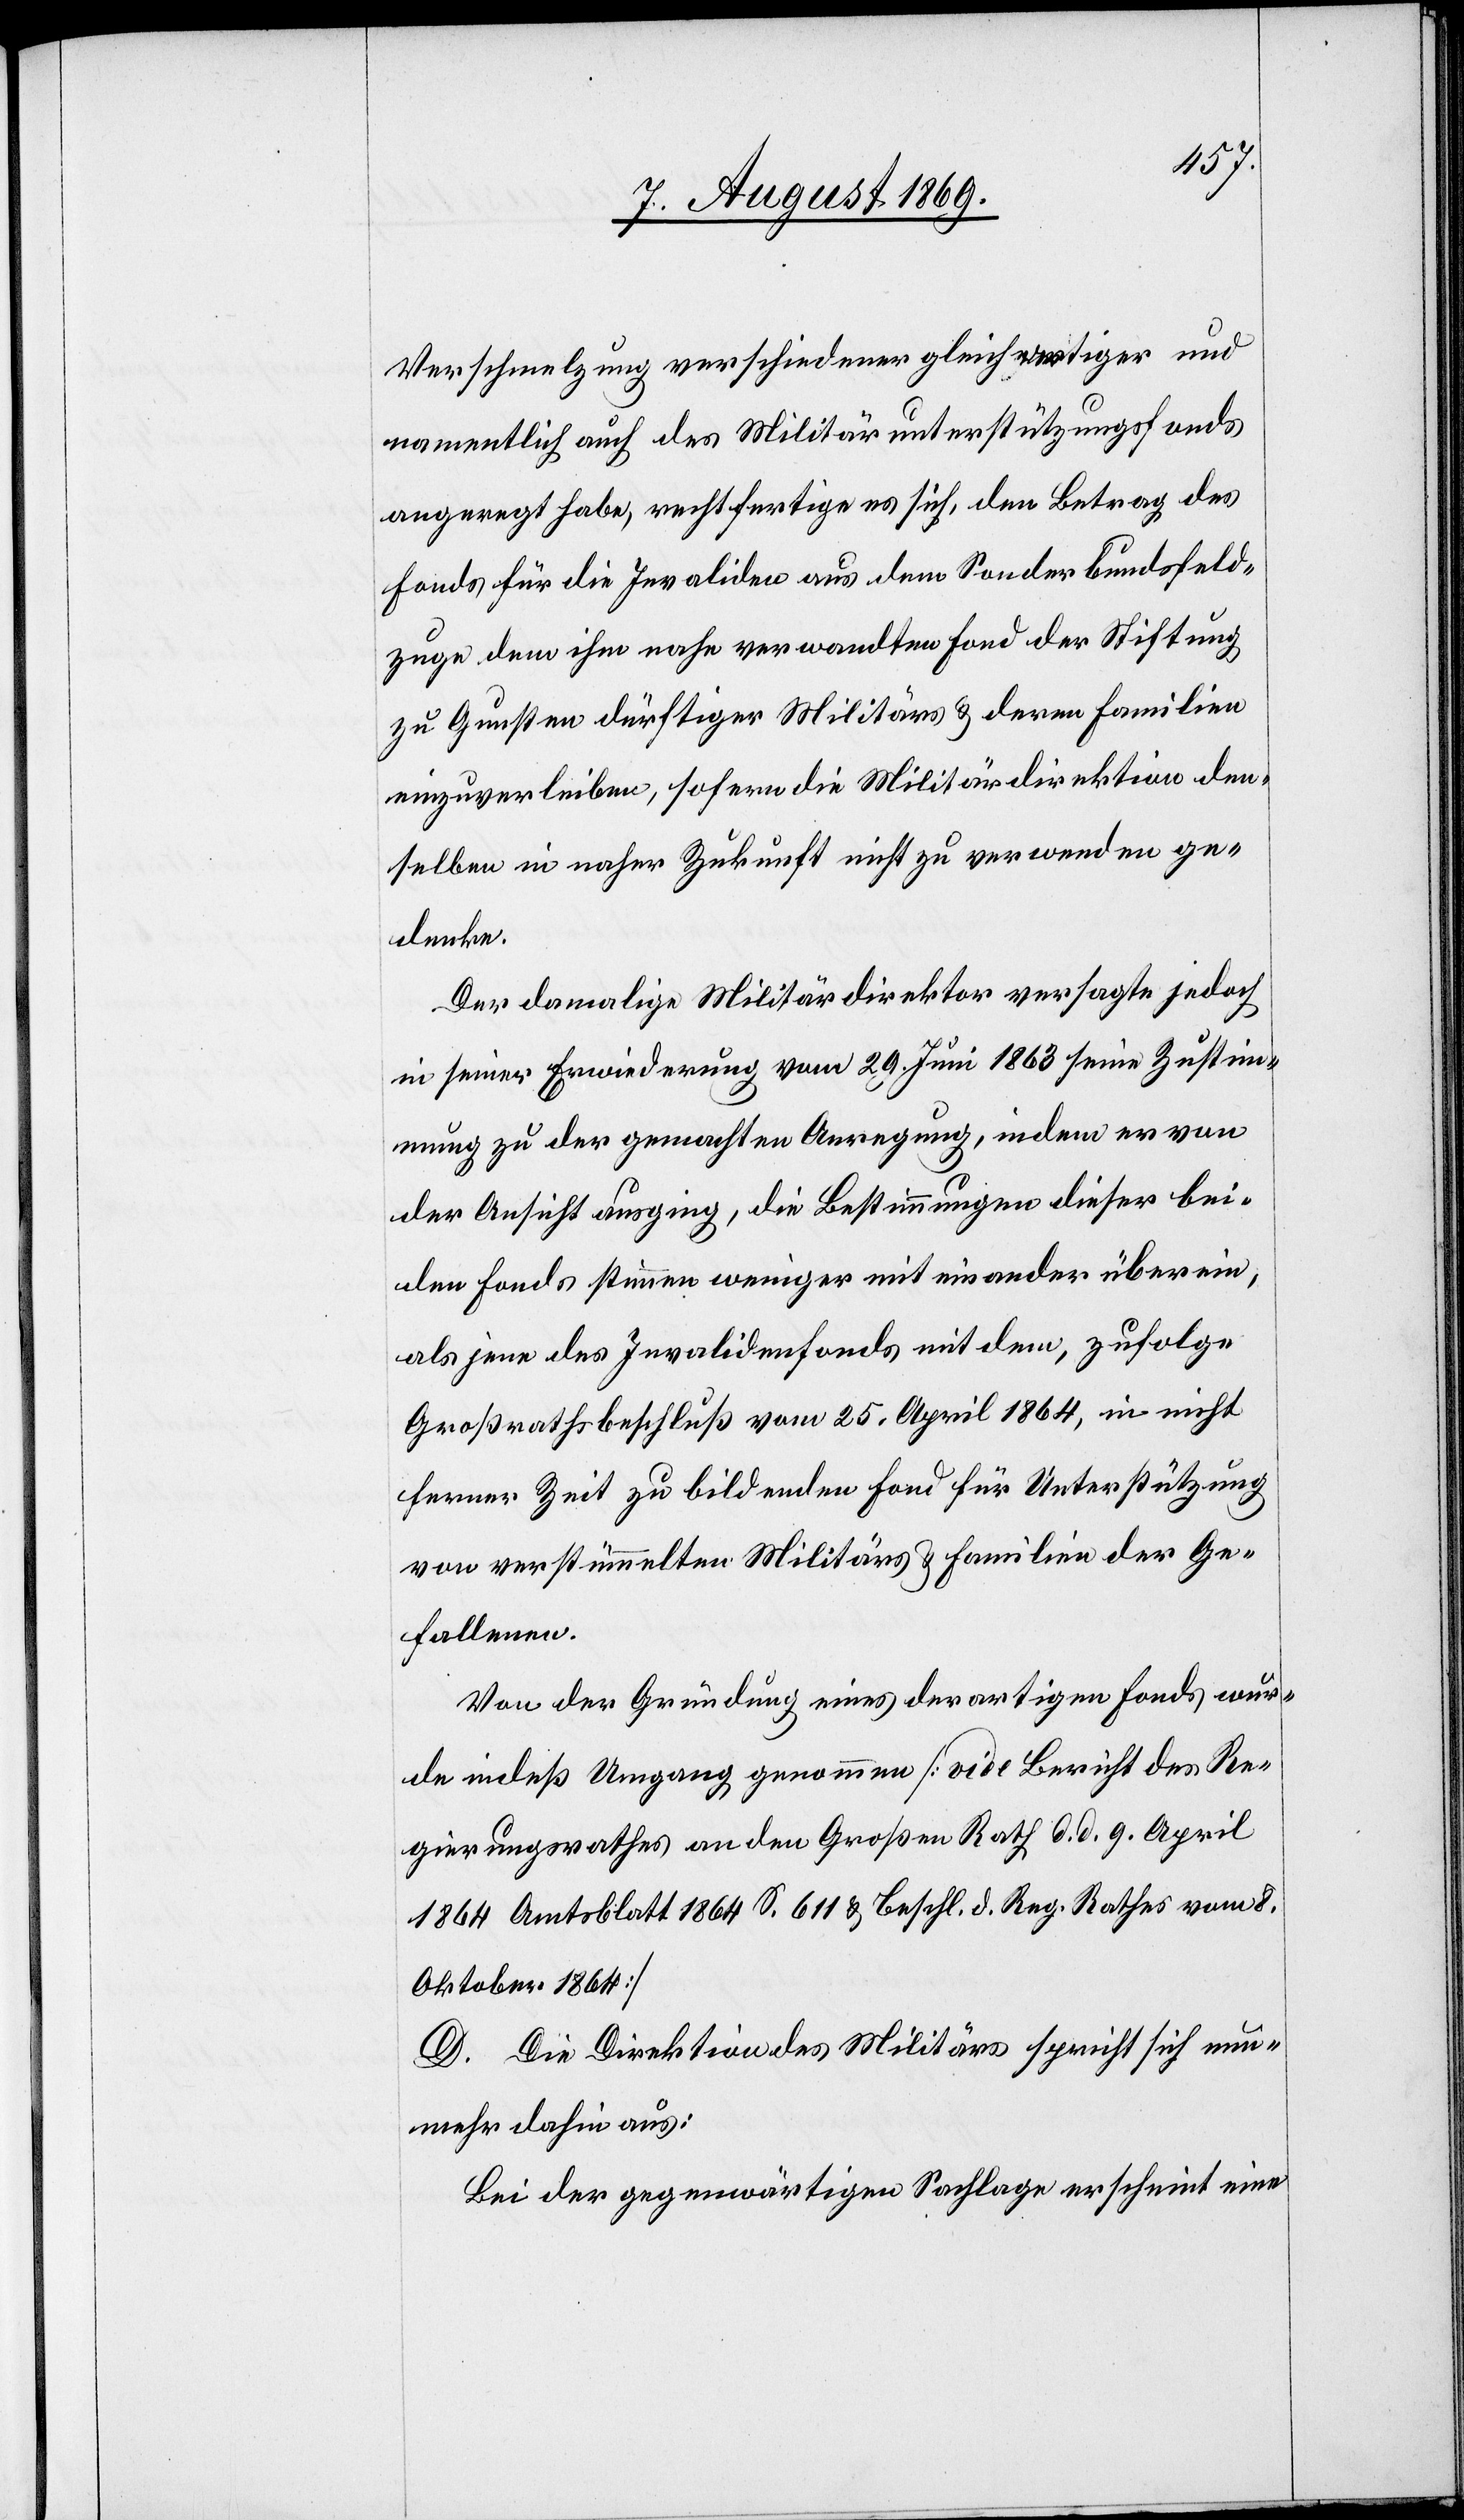
Verschmelzung verschiedener gleichwertiger und
namentlich auch des Militärunterstützungsfonds
angeregt habe, rechtfertige es sich, den Betrag des
Fonds für die Invaliden aus dem Sonderbundsfeld¬
zuge, dem ihm nahe verwandten Fond der Stiftung
zu Gunsten dürftiger Militärs & deren Familien
einzuverleiben, sofern die Militärdirektion den¬
selben in naher Zukunft nicht zu verwenden ge¬
denke.
Der damalige Militärdirektor versagte jedoch
in seiner Erwiederung vom 29. Juni 1863 seine Zustim¬
mung zu der gemachten Anregung, indem er von
der Ansicht ausging, die Bestimmungen dieser bei¬
den Fonds stimmen weniger miteinander überein,
als jene des Invalidenfonds mit dem, zufolge
Großrathsbeschluß vom 25. April 1864, in nicht
ferner Zeit zu bildenden Fond für Unterstützung
von verstümmelten Militärs & Familien der Ge¬
fallenen.
Von der Gründung eines derartigen Fonds wur¬
de indeß Umgang genommen [vide Bericht des Re¬
gierungsrathes an den Großen Rath d. d. 9. April
1864 Amtsblatt 1864 S. 611 & Beschl. d. Reg. Rathes vom 8.
Oktober 1864]
D. Die Direktion des Militärs spricht sich nun¬
mehr dahin aus:
Bei der gegenwärtigen Sachlage erscheint eine